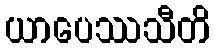
ယာပေဿသီတိ